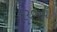
રર૦૦થી